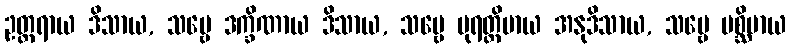
ဥတ္တရာယ ဒိသာယ, သဗ္ဗေ ဒက္ခိဏာယ ဒိသာယ, သဗ္ဗေ ပုရတ္ထိမာယ အနုဒိသာယ, သဗ္ဗေ ပစ္ဆိမာယ